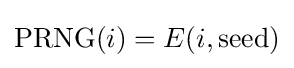
\mathrm {PRNG} (i)=E(i,\mathrm {seed} )